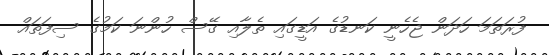
ފުރަތަމަ ހަދަން ޖެހެނީ ކަނޑުގެ އަޑީގައި ތެލާއި ގޭސް ހުންނަ ކަމުގެ ސިފަތައް